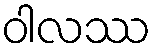
ဝါလဿ